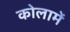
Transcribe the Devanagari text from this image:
कोलामें